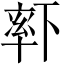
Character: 𬍏